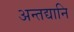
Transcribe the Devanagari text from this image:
अन्तद्यानि